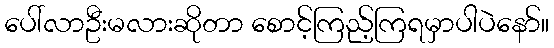
ပေါ်လာဦးမလားဆိုတာ စောင့်ကြည့်ကြရမှာပါပဲနော်။